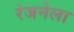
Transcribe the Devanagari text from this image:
रंजनेला